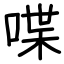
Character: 喋